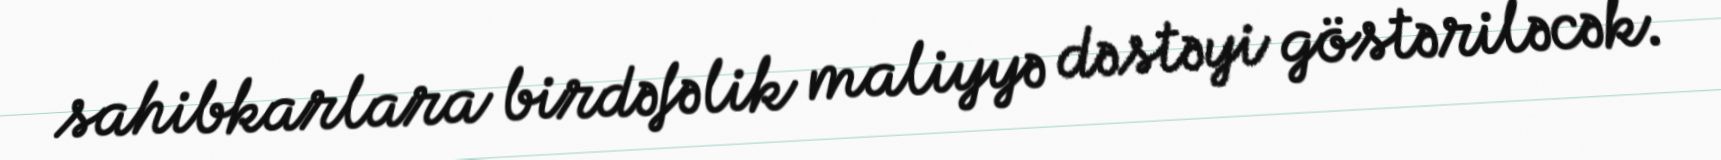
sahibkarlara birdəfəlik maliyyə dəstəyi göstəriləcək.